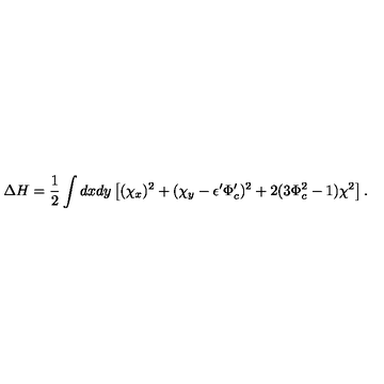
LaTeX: \Delta H = \frac { 1 } { 2 } \int d x d y \left[ ( \chi _ { x } ) ^ { 2 } + ( \chi _ { y } - \epsilon ^ { \prime } \Phi _ { c } ^ { \prime } ) ^ { 2 } + 2 ( 3 \Phi _ { c } ^ { 2 } - 1 ) \chi ^ { 2 } \right] .